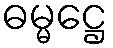
ဓမ္မဋ္ဌေ